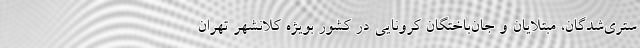
ستری‌شدگان، مبتلایان و جان‌باختگان کرونایی در کشور بویژه کلانشهر تهران